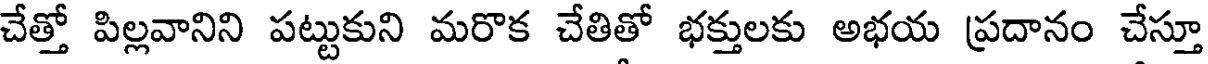
చేత్తో పిల్లవానిని పట్టుకుని మరొక చేతితో భక్తులకు అభయ ప్రదానం చేస్తూ